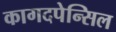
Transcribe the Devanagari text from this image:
कागदपेन्सिल